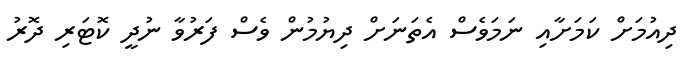
ދިއުމަށް ކަމަށާއި ނަމަވެސް އެތަނަށް ދިޔުމުން ވެސް ފަރުވާ ނުދީ ކޮޓަރި ދޮރު